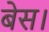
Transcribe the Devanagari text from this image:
बेस।